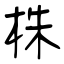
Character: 株